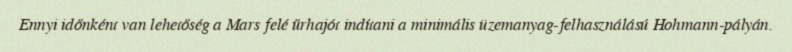
Ennyi időnként van lehetőség a Mars felé űrhajót indítani a minimális üzemanyag-felhasználású Hohmann-pályán.